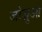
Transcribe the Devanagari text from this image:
जोज़ुआ